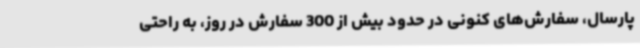
پارسال، سفارش‌های کنونی در حدود بیش از 300 سفارش در روز، به راحتی